Leprosy in India: report of the Leprosy Commission in India, 1890-91
Year: 1890
Disease focus: Leprosy
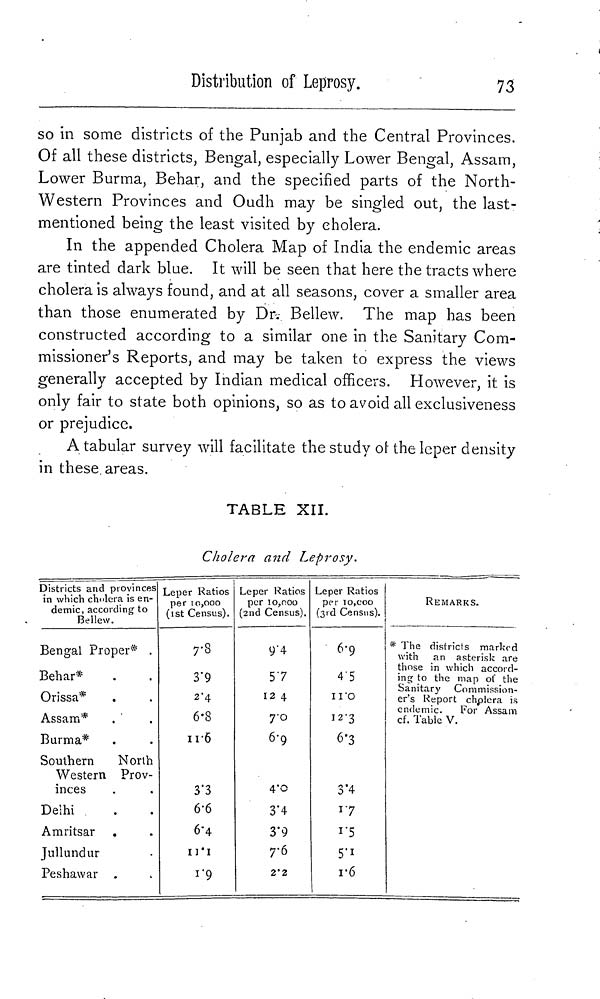
Distribution of Leprosy.
73
so in some districts of the Punjab and the Central Provinces.
Of all these districts, Bengal, especially Lower Bengal, Assam,
Lower Burma, Behar, and the specified parts of the North-
Western Provinces and Oudh may be singled out, the last-
mentioned being the least visited by cholera.
In the appended Cholera Map of India the endemic areas
are tinted dark blue. It will be seen that here the tracts where
cholera is always found, and at all seasons, cover a smaller area
than those enumerated by Dr. Bellew. The map has been
constructed according to a similar one in the Sanitary Com-
missioner's Reports, and may be taken to express the views
generally accepted by Indian medical officers. However, it is
only fair to state both opinions, so as to avoid all exclusiveness
or prejudice.
A tabular survey will facilitate the study of the leper density
in these areas.
TABLE XII.
Cholera and Leprosy.
Districts and provinces
in which cholera is en-
demic, according to
Bellew.
Bengal Proper* .
Behar*
Orissa*
Assam*
Burma*
Southern
North
Western Prov-
inces
Delhi
Amritsar
Jullundur
Peshawar
Leper Ratios
per 10,000
(1 st Census).
7.8
3.9
2.4
6.8
11.6
3.3
6.6
6.4
11.1
1.9
Leper Ratios
per 10,000
(2nd Census).
9.4
5.7
12 4
7.0
6.9
4.0
3.4
3.9
7.6
2.2
Leper Ratios
per 10,000
(3rd Census).
6.9
4.5
11.0
12.3
6.3
3.4
1.7
1.5
5.1
1.6
REMARKS.
* The districts marked
with an asterisk are
those in which accord-
ing to the map of the
Sanitary Commission-
er's Report cholera is
endemic.
For Assam
cf. Table V.